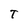
Character: T